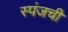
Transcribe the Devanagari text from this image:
स्पंजची